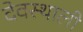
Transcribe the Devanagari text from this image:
देवस्थाली